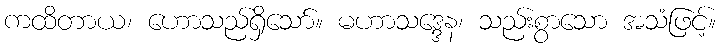
ကထိတာယ၊ ဟောသည်ရှိသော်။ မဟာသဒ္ဒေန၊ သည်းစွာသော အသံဖြင့်။